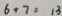
6 + 7 = 1 3